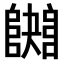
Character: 𨼱